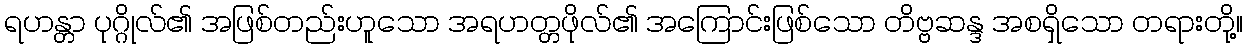
ရဟန္တာ ပုဂ္ဂိုလ်၏ အဖြစ်တည်းဟူသော အရဟတ္တဖိုလ်၏ အကြောင်းဖြစ်သော တိဗ္ဗဆန္ဒ အစရှိသော တရားတို့။